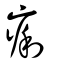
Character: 痢